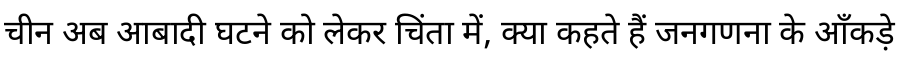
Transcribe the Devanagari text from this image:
चीन अब आबादी घटने को लेकर चिंता में, क्या कहते हैं जनगणना के आँकड़े